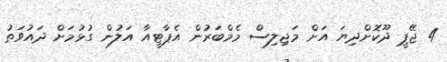
4 ޖޭޕީ ދޫކޮށްދިޔަ އަށް މަޖިލިސް މެމްބަރުން އެޕާޓީއާ އަލުން ގުޅުމަށް ދައުވަތު